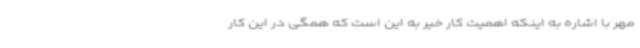
مهر با اشاره به اینکه اهمیت کار خیر به این است که همگی در این کار